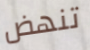
تنهض